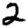
Digit: 2